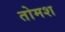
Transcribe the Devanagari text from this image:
तोमश